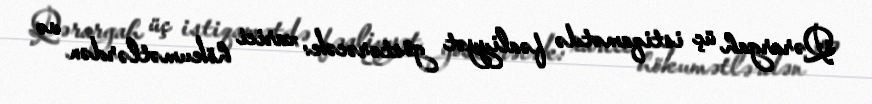
Qərargah üç istiqamətdə fəaliyyət göstərəcək: xarici hökumətlərdən və